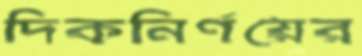
দিকনির্ণয়ের